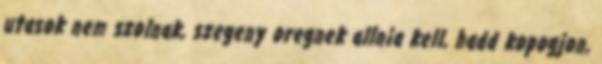
utasok nem szolnak, szegeny oregnek allnia kell, hadd kopogjon,